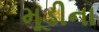
મૂડીના